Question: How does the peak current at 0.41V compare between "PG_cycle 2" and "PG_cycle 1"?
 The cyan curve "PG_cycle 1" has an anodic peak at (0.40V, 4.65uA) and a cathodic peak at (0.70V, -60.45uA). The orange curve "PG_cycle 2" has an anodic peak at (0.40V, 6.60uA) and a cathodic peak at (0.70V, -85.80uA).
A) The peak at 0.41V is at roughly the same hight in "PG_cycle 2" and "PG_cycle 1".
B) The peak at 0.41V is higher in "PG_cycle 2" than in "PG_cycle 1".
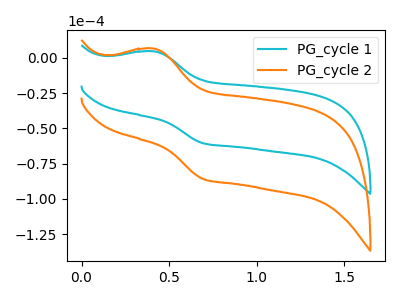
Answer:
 <answer>B) The peak at 0.41V is higher in "PG_cycle 2" than in "PG_cycle 1".</answer>
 <eval>B</eval>